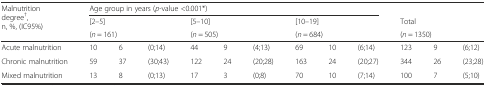
| <ROWSPAN=3> Malnutrition degree†, n, %, (IC95%) | <COLSPAN=9> Age group in years (p-value <0.001*) | <COLSPAN=3>  |
 | <COLSPAN=3> [2–5] | <COLSPAN=3> [5–10] | <COLSPAN=3> [10–19] | <COLSPAN=3> Total |
 | <COLSPAN=3> (n = 161) | <COLSPAN=3> (n = 505) | <COLSPAN=3> (n = 684) | <COLSPAN=3> (n = 1350) |
 | --- | --- | --- | --- | --- | --- | --- | --- | --- | --- | --- | --- | --- |
 | Acute malnutrition | 10 | 6 | (0;14) | 44 | 9 | (4;13) | 69 | 10 | (6;14) | 123 | 9 | (6;12) |
 | Chronic malnutrition | 59 | 37 | (30;43) | 122 | 24 | (20;28) | 163 | 24 | (20;27) | 344 | 26 | (23;28) |
 | Mixed malnutrition | 13 | 8 | (0;13) | 17 | 3 | (0;8) | 70 | 10 | (7;14) | 100 | 7 | (5;10) |